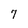
Character: 7